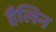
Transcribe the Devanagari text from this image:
हैलिन